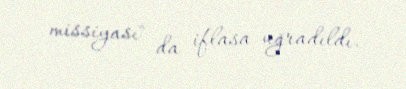
missiyası" da iflasa uğradıldı.